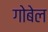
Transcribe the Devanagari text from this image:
गोबेल